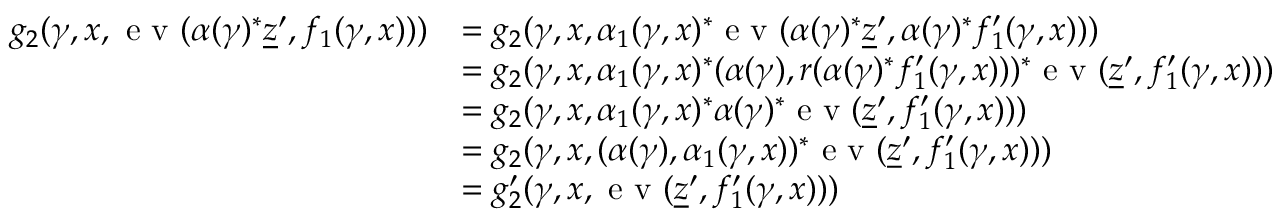
\begin{array} { r l } { g _ { 2 } ( \gamma , x , \textnormal { e v } ( \alpha ( \gamma ) ^ { * } \underline { { z } } ^ { \prime } , f _ { 1 } ( \gamma , x ) ) ) } & { = g _ { 2 } ( \gamma , x , \alpha _ { 1 } ( \gamma , x ) ^ { * } \textnormal { e v } ( \alpha ( \gamma ) ^ { * } \underline { { z } } ^ { \prime } , \alpha ( \gamma ) ^ { * } f _ { 1 } ^ { \prime } ( \gamma , x ) ) ) } \\ & { = g _ { 2 } ( \gamma , x , \alpha _ { 1 } ( \gamma , x ) ^ { * } ( \alpha ( \gamma ) , r ( \alpha ( \gamma ) ^ { * } f _ { 1 } ^ { \prime } ( \gamma , x ) ) ) ^ { * } \textnormal { e v } ( \underline { { z } } ^ { \prime } , f _ { 1 } ^ { \prime } ( \gamma , x ) ) ) } \\ & { = g _ { 2 } ( \gamma , x , \alpha _ { 1 } ( \gamma , x ) ^ { * } \alpha ( \gamma ) ^ { * } \textnormal { e v } ( \underline { { z } } ^ { \prime } , f _ { 1 } ^ { \prime } ( \gamma , x ) ) ) } \\ & { = g _ { 2 } ( \gamma , x , ( \alpha ( \gamma ) , \alpha _ { 1 } ( \gamma , x ) ) ^ { * } \textnormal { e v } ( \underline { { z } } ^ { \prime } , f _ { 1 } ^ { \prime } ( \gamma , x ) ) ) } \\ & { = g _ { 2 } ^ { \prime } ( \gamma , x , \textnormal { e v } ( \underline { { z } } ^ { \prime } , f _ { 1 } ^ { \prime } ( \gamma , x ) ) ) } \end{array}